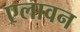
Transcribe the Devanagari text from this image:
एलावन